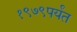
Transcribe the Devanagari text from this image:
१९७९पर्यंत